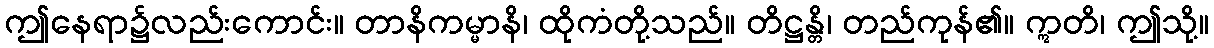
ဤနေရာ၌လည်းကောင်း။ တာနိကမ္မာနိ၊ ထိုကံတို့သည်။ တိဋ္ဌန္တိ၊ တည်ကုန်၏။ ဣတိ၊ ဤသို့။